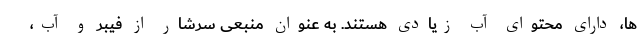
ها، دارای محتوای آب زیادی هستند. به عنوان منبعی سرشار از فیبر و آب،